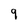
Character: q